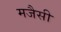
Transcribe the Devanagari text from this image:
मजैसी